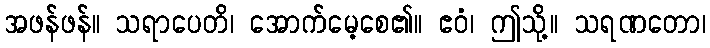
အဖန်ဖန်။ သရာပေတိ၊ အောက်မေ့စေ၏။ ဧဝံ၊ ဤသို့။ သရဏတော၊